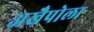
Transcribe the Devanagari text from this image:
अखैपोला